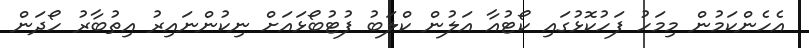
އެހެންކަމުން މިމަހު ފަހުކޮޅުގައި ކޯޓުއާ އަލުން ކްލަބު ފުޓުބޯޅައަށް ނިކުންނައިރު އިތުބާރު ހޯދަން